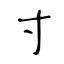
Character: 寸